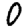
Digit: 0